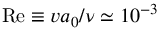
\mathrm { R e } \equiv v a _ { 0 } / \nu \simeq 1 0 ^ { - 3 }